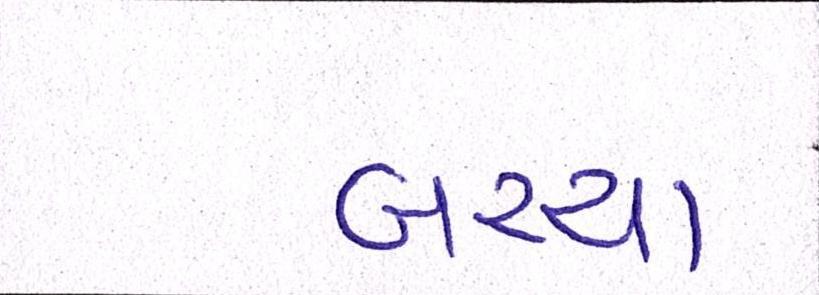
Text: બચ્ચા